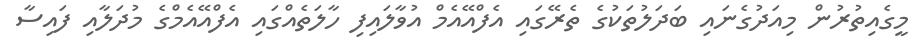
މީގެއިތުރުން މިއަދުގެނައި ބަދަލުތަކުގެ ތެރޭގައި އެފްއޭއެމް އުވާލައިފި ހާލަތެއްގައި އެފްއޭއެމްގެ މުދަލާއި ފައިސާ